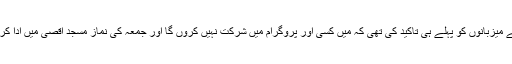
میں نے میزبانوں کو پہلے ہی تاکید کی تھی کہ میں کسی اور پروگرام میں شرکت نہیں کروں گا اور جمعہ کی نماز مسجد اقصیٰ میں ادا کروں گا۔